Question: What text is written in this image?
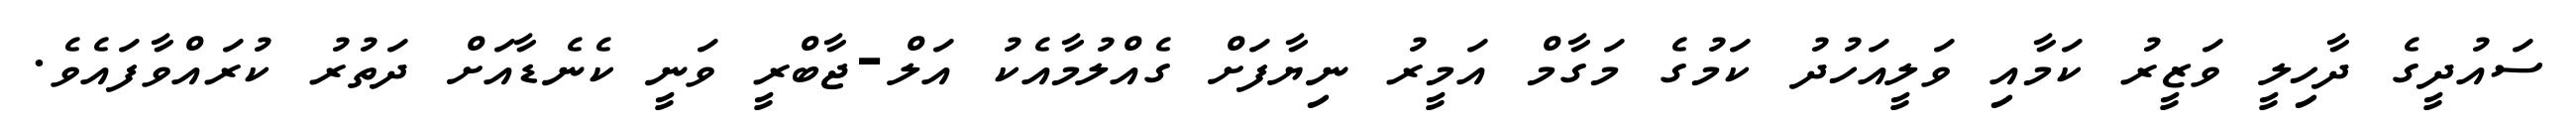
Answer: ސައުދީގެ ދާހިލީ ވަޒީރު ކަމާއި ވަލީއަހުދު ކަމުގެ މަގާމް އަމީރު ނިޔާފަށް ގެއްލުމާއެކު އަލް-ޖާބްރީ ވަނީ ކެނެޑާއަށް ދަތުރު ކުރައްވާފައެވެ.